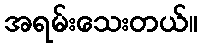
အရမ်းသေးတယ်။